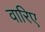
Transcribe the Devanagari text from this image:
वारिए